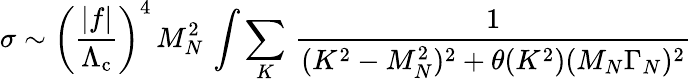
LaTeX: \sigma\sim\left(\frac{|f|}{\Lambda_{\mathrm{c}}}\right)^{4}\, M_{N}^{2}\, \int\sum_{K}\, \frac{1}{(K^{2}-M_{N}^{2})^{2}+\theta(K^{2})(M_{N}\Gamma_{N})^{2}}